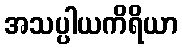
အသပ္ပါယကိရိယာ